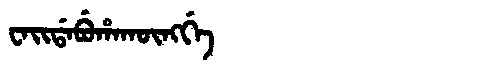
Manchu: ᠸᠠᡳᡩᠠᠪᡠᡥᠠᡴᡡᠩᡤᡝ
Romanization: WAIDABUHAKŪNGGE